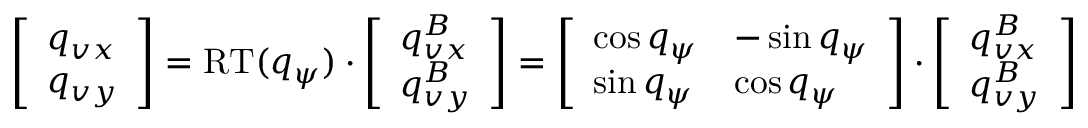
\left[ \begin{array} { l } { q _ { v x } } \\ { q _ { v y } } \end{array} \right] = \mathrm { R T } ( q _ { \psi } ) \cdot \left[ \begin{array} { l } { q _ { v x } ^ { B } } \\ { q _ { v y } ^ { B } } \end{array} \right] = \left[ \begin{array} { l l } { \cos q _ { \psi } } & { - \sin q _ { \psi } } \\ { \sin q _ { \psi } } & { \cos q _ { \psi } } \end{array} \right] \cdot \left[ \begin{array} { l } { q _ { v x } ^ { B } } \\ { q _ { v y } ^ { B } } \end{array} \right]